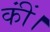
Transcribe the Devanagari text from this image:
कींं।